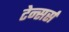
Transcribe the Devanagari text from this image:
टेन्सर्स